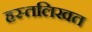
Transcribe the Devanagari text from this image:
हस्तलिखत